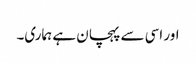
اور اسی سے پہچان ہے ہماری۔